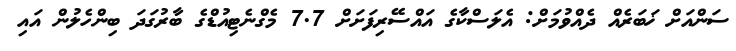
ސަންއަށް ޚަބަރެއް ދެއްވުމަށް: އެލަސްކާގެ އައްސޭރިފަށަށް 7.7 މެގްނެޓިއުޑްގެ ބާރުގަދަ ބިންހެލުން އައި